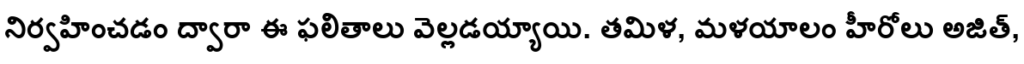
నిర్వహించడం ద్వారా ఈ ఫలితాలు వెల్లడయ్యాయి. తమిళ, మళయాలం హీరోలు అజిత్,